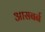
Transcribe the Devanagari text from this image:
आसबर्न